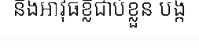
និងអាវុធខ្លីជាប់ខ្លួន បង្ក